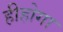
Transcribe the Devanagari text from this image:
हीहोगा